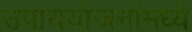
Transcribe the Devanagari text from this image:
उपाययोजनांमध्ये